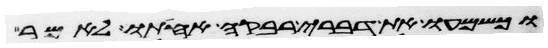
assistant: וכשמעו את דברי רבקה אחותו לאמר